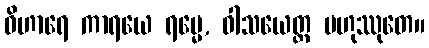
ဝိဟာရေ ကာရယေ ရမ္မေ, ဝါသယေတ္ထ ဗဟုဿုတေ။